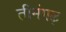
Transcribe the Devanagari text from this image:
तीमंगढ़